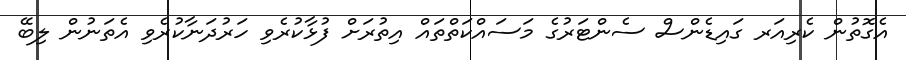
އެގޮތުން ކެރިއަރ ގައިޑެންސް ސެންޓަރުގެ މަސައްކަތްތައް އިތުރަށް ފުޅާކުރެވި ހަރުދަނާކުރެވި އެތަނުން ލިބޭ